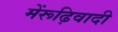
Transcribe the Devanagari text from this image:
मेंरूढ़िवादी